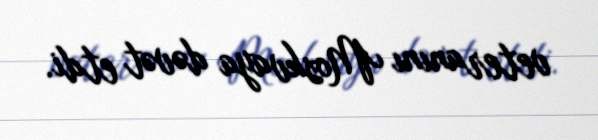
veteranını Moskvaya dəvət etdi.